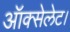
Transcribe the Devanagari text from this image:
ऑक्सेलेट।